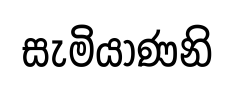
සැමියාණනි